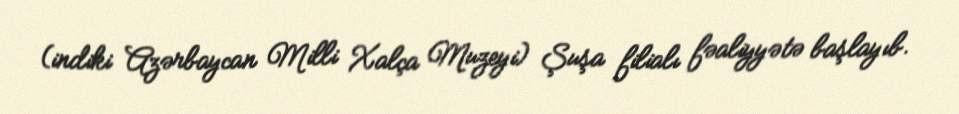
(indiki Azərbaycan Milli Xalça Muzeyi) Şuşa filialı fəaliyyətə başlayıb.